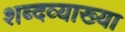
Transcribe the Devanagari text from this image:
शब्दव्याख्या